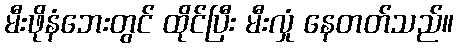
မီးဖိုနံဘေးတွင် ထိုင်ပြီး မီးလှုံ နေတတ်သည်။